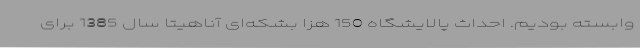
وابسته بودیم. احداث پالایشگاه 150 هزا بشکه‌ای آناهیتا سال 1385 برای